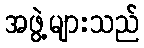
အဖွဲ့များသည်